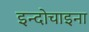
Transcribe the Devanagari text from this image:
इन्दोचाइना